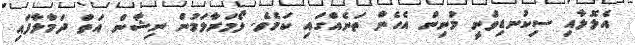
އެލޮލާއި ސިކުނޑިވަނީ މުނިން އެހެން ތަނެއްގައި ކަމެވެ. ލޯމަރާލަމުން ނިޝާން އަތް ދަމާލާފައި